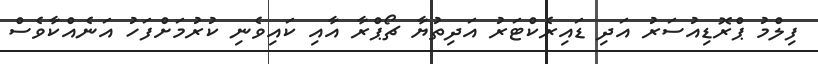
ފިލްމު ޕްރޮޑިއުސަރު އަދި ޑައިރެކްޓަރު އަދިތުޔާ ޗޯޕްރާ އާއި ކައިވެނި ކުރުމަށްފަހު އަނެއްކާވެސް